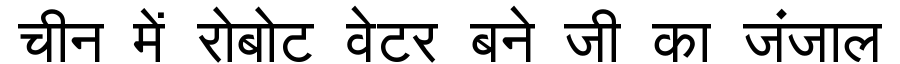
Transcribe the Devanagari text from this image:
चीन में रोबोट वेटर बने जी का जंजाल